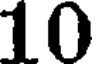
10